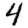
Digit: 4